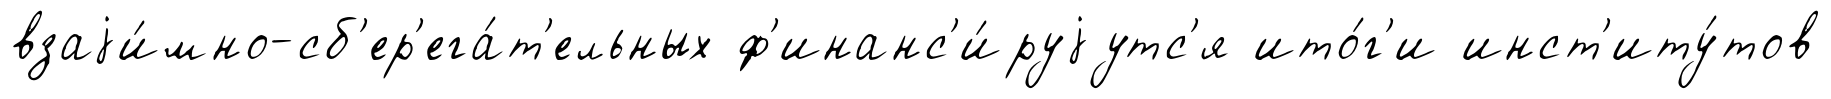
взаjи́мно-сб'ер'ега́т'ельных ф'инанс'и́руjутс'я ито́г'и инст'иту́тов